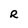
Character: R